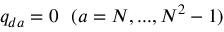
q _ { d a } = 0 \ \ ( a = N , . . . , N ^ { 2 } - 1 )